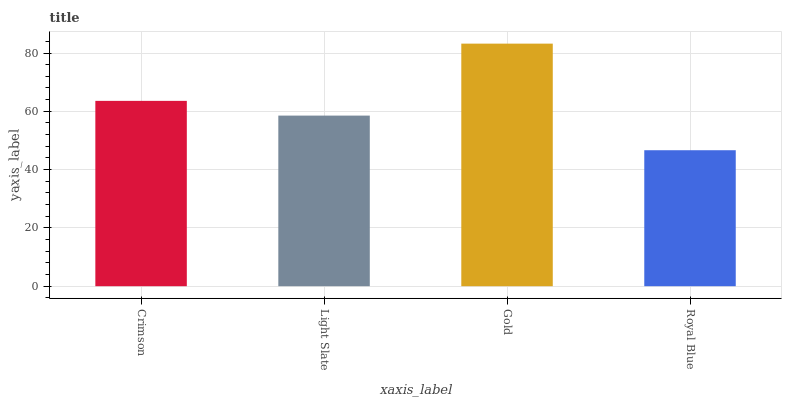
| xaxis_label | bars |
 | --- | --- |
 | Crimson | 63.6 |
 | Light Slate | 58.5 |
 | Gold | 83.2 |
 | Royal Blue | 46.7 |